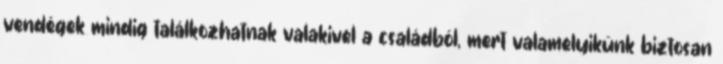
vendégek mindig találkozhatnak valakivel a családból, mert valamelyikünk biztosan